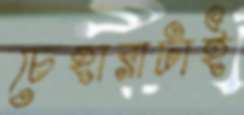
চেহারাটাই